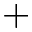
+